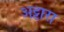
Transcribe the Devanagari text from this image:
अट्ठारा